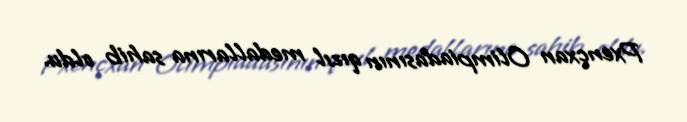
Pxençxan Olimpiadasının qızıl medallarına sahib oldu.